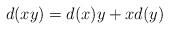
LaTeX: \begin{align*} d(xy)=d(x)y+xd(y) \end{align*}